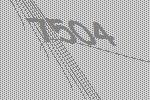
7504